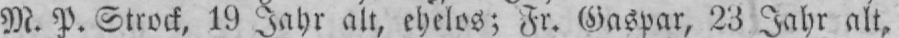
M. P. Strock, 19 Jahr alt, ehelos; Fr. Gaspar, 23 Jahr alt,